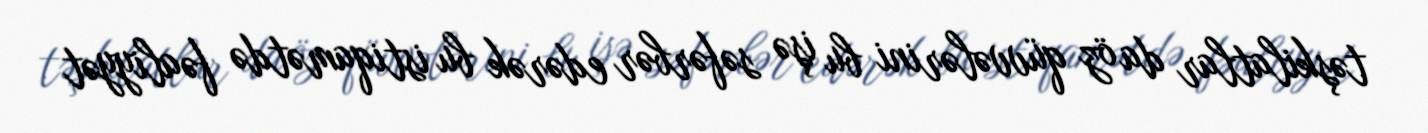
təşkilatlar da öz qüvvələrini bu işə səfərbər edərək bu istiqamətdə fəaliyyət